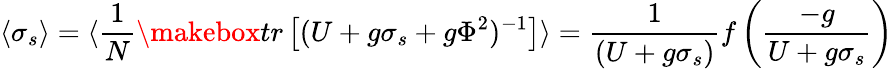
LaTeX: \langle\sigma_{s}\rangle=\langle{\frac{1}{N}}\makebox{tr}\left[(U+g\sigma_{s}+g\Phi^{2})^{-1}\right]\rangle={\frac{1}{(U+g\sigma_{s})}}f\left({\frac{-g}{U+g\sigma_{s}}}\right)